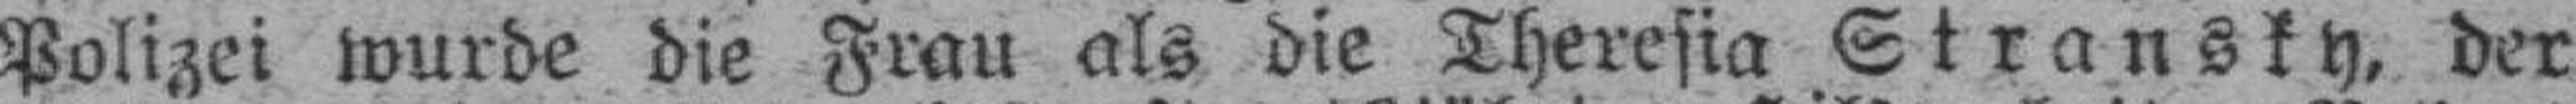
Polizei wurde die Frau als die Theresia Stransky, der